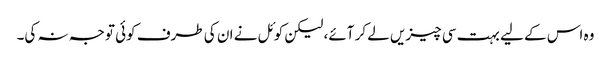
وہ اس کے لیے بہت سی چیزیں لے کر آئے، لیکن کوئل نے ان کی طرف کوئی توجہ نہ کی۔